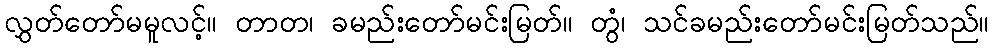
လွှတ်တော်မမူလင့်။ တာတ၊ ခမည်းတော်မင်းမြတ်။ တွံ၊ သင်ခမည်းတော်မင်းမြတ်သည်။